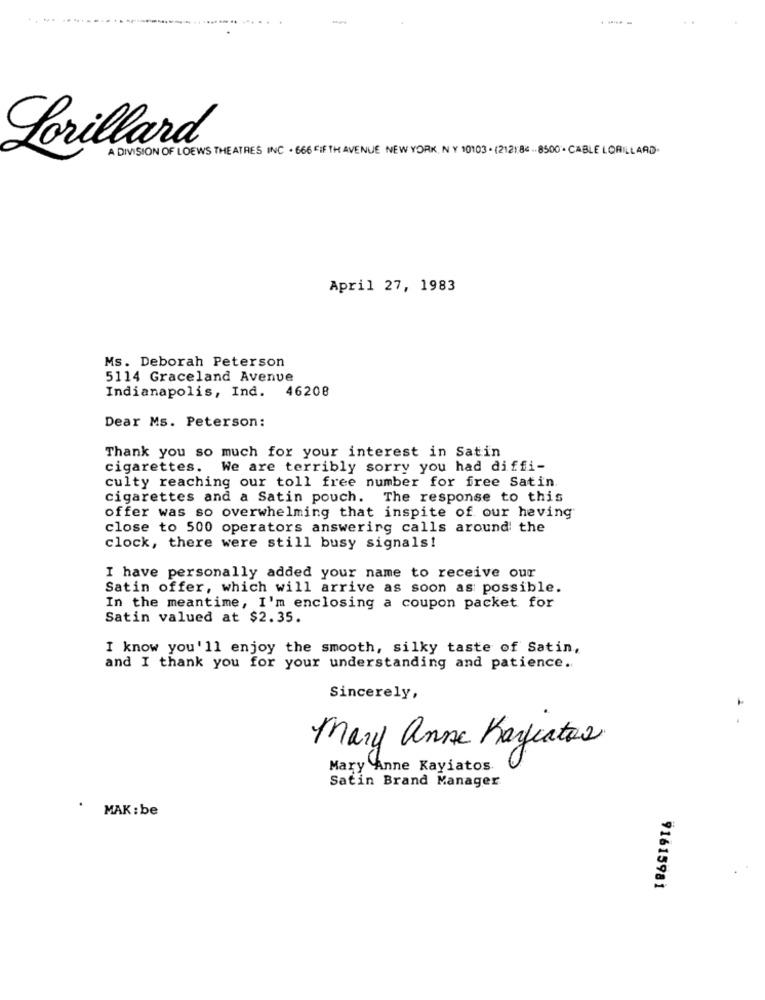
-
Lorillard
A DIVISION OF LOEWS THE ATRES INC . 666 FIFTH AVENUE NEW YORK, NY 10103 . (2121 86 .. 8500 . CABLE LORILLARD.
April 27, 1983
Ms. Deborah Peterson
5114 Graceland Avenue
Indianapolis, Ind. 46208
Dear Ms. Peterson:
Thank you so much for your interest in Satin
cigarettes. We are terribly sorry you had diffi-
culty reaching our toll free number for free Satin
cigarettes and a Satin pouch. The response to this
offer was so overwhelming that inspite of our heving
close to 500 operators answering calls around the
clock, there were still busy signals!
I have personally added your name to receive our
Satin offer, which will arrive as soon as possible.
In the meantime, I'm enclosing a coupon packet for
Satin valued at $2.35.
I know you'll enjoy the smooth, silky taste of Satin,
and I thank you for your understanding and patience.
Sincerely,
Mary anne Karcatas
Mary Anne Kayiatos
Satin Brand Manager
MAK : be
91615981